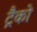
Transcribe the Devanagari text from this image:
ट्रैको